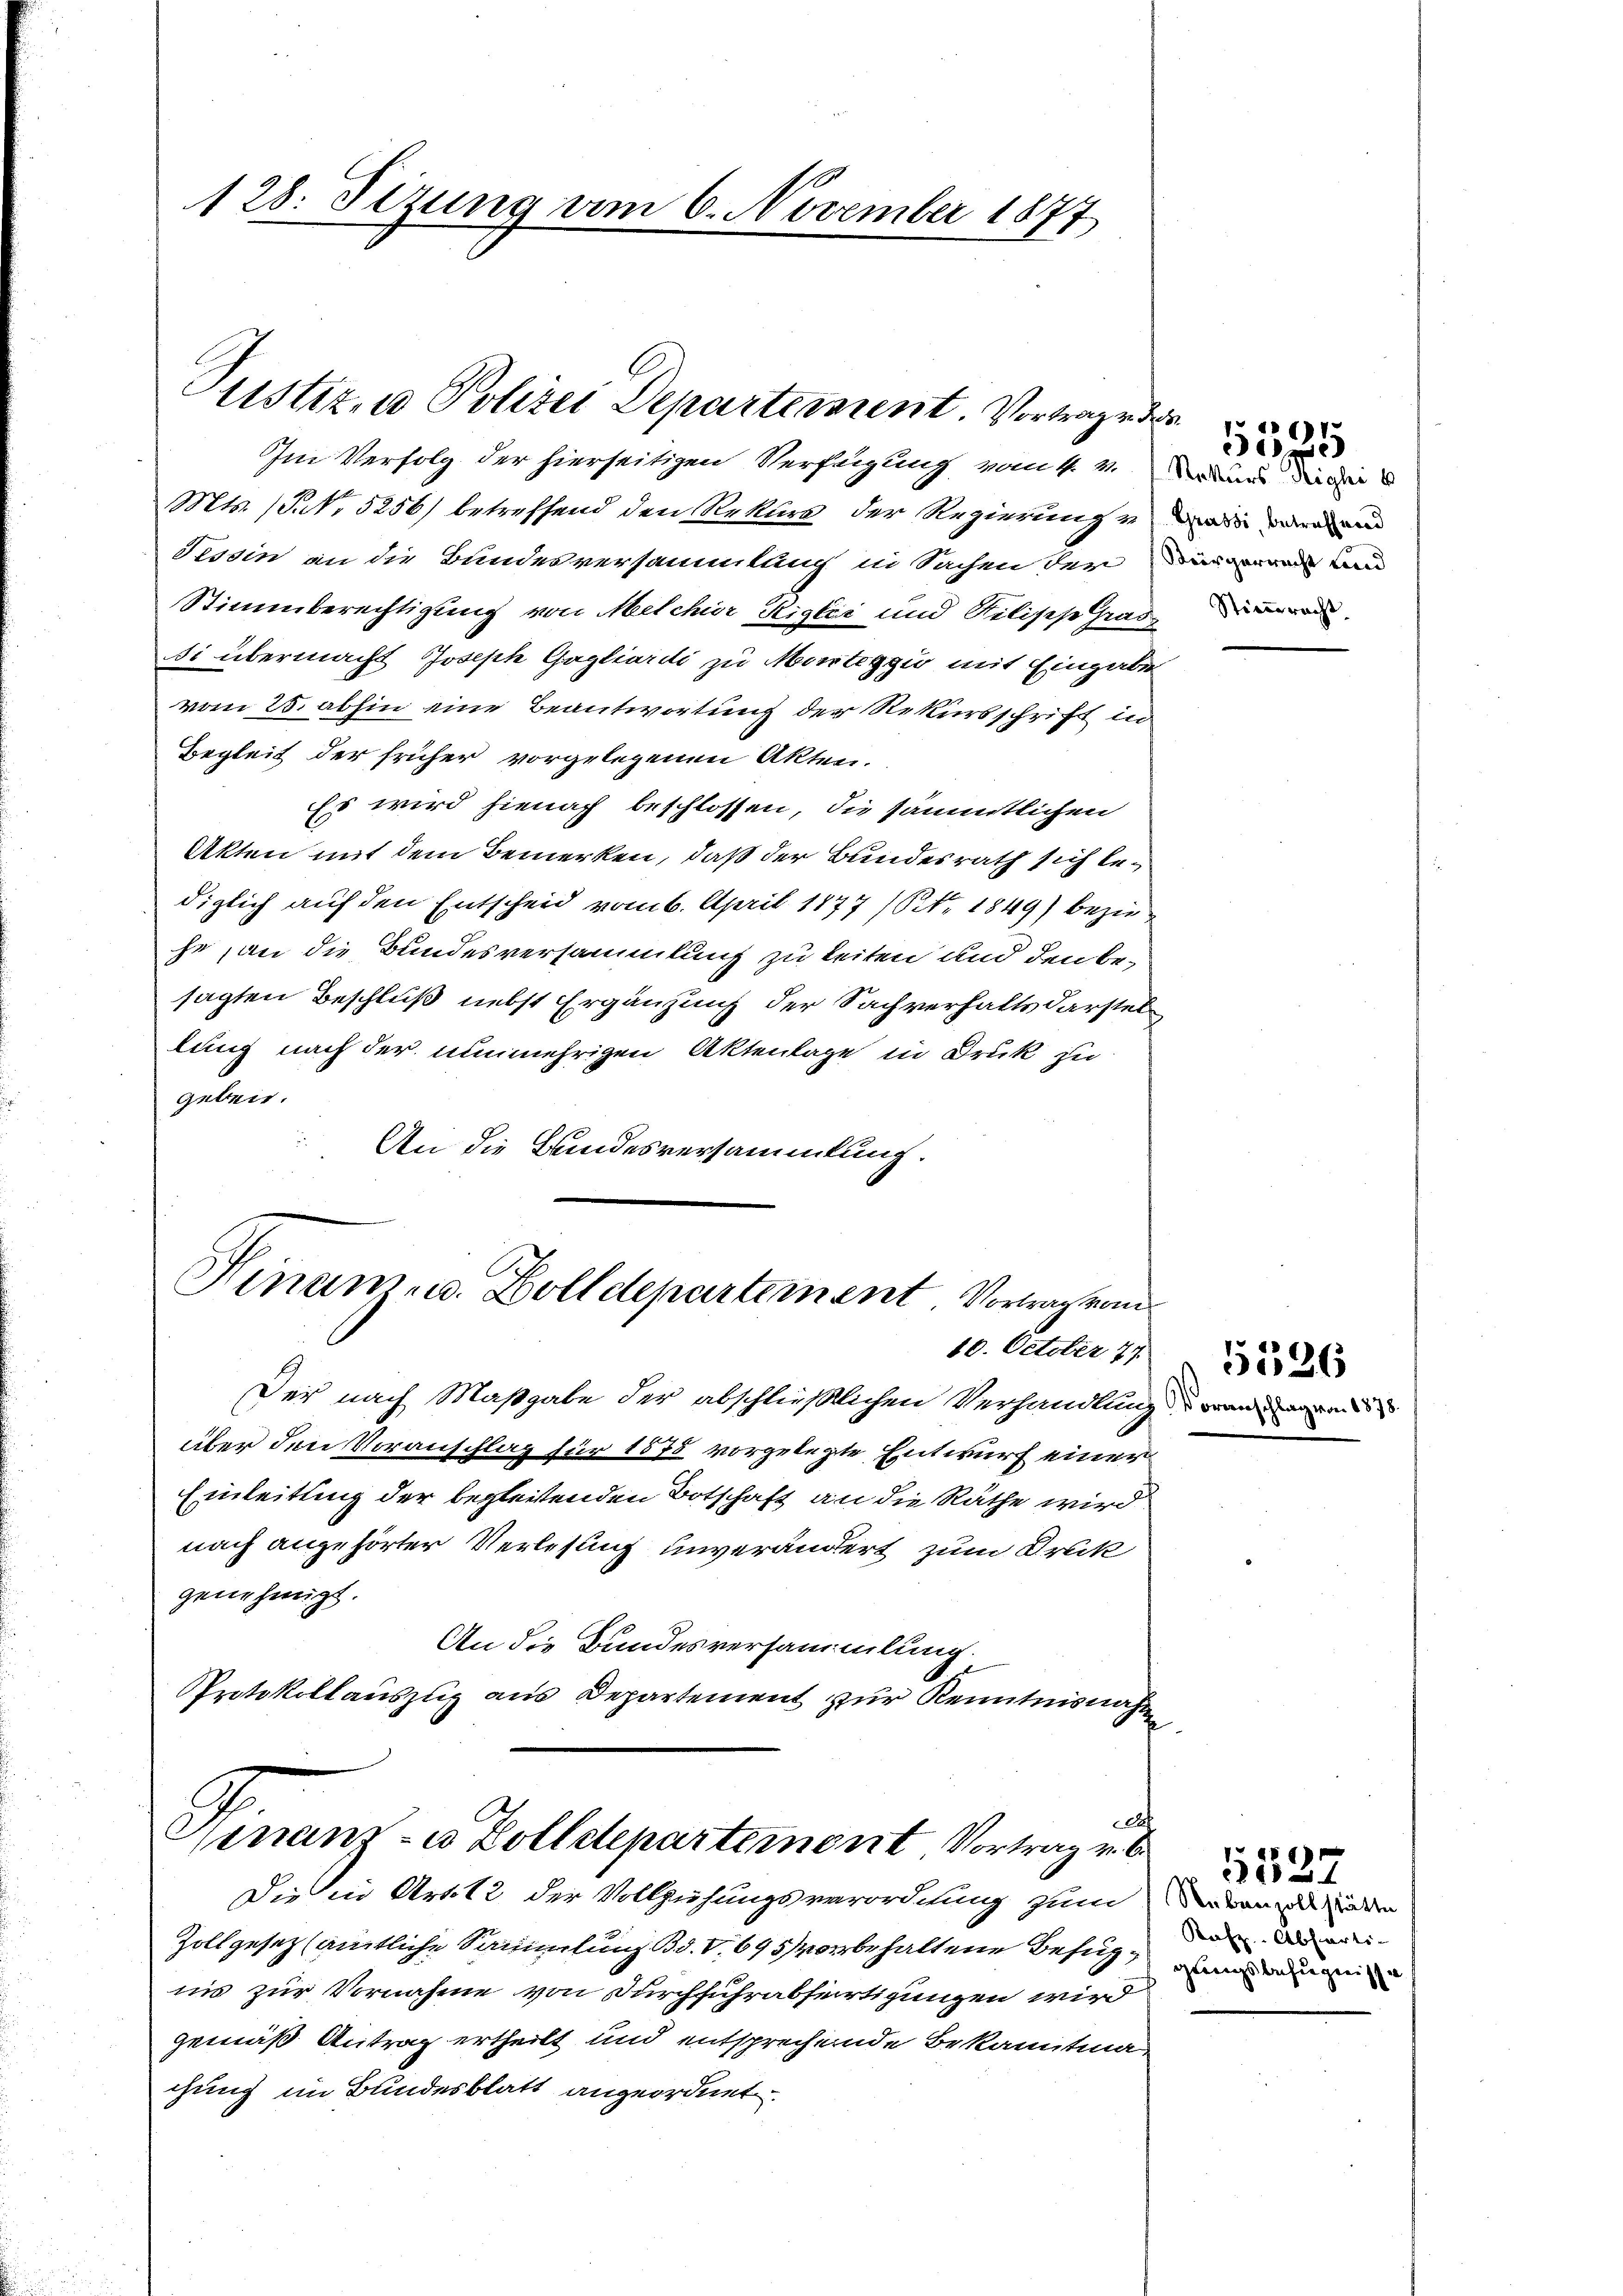
128. Sizung vom 6. November 1877

Justiz, u. Polizei Departement. Vortrage de

Im Verfolg der hierseitigen Verfügung vom 4. v. Kunde
Mts. (T. No 5256) betreffend den Rekurs der Regierung und ande
Tessin an die Bundesversammlung in Sachen der
Stimmberechtigung von Melchior Riglie und Rilische Grade
Si übermacht Joseph Gagliardi zu Marteggio mit Eingabe
vom 25. abhin eine Beantwortung der Rekursschrift in
Begleit der früher vorgelegenen Akten.
Es wird hienach beschlossen, die sämmtlichen
Akten mit dem Bemerken, daß der Bundesrath sich lediglich auf den Entscheid vom 6. April 1877 (Nr. 1849 beziehe, an die Bundesversammlung zu leiten und den besagten Beschluß nebst Ergänzung der Sachverhalts darstel
lung nach der nunmehrigen Aktenlage in Druk zu
geben.
An die Bandesversammlung.

Hinam u. Zolldepartement Vortrag vom
10. October 77

Der nach Maßgabe der abschließlichen Verhandlung an
über den Voranschlag für 1875 vorgelegte Entwurf einer
Einleitung der begleitenden Botschaft an die Räthe wird
nach angehörter Verlesung unverändert zum Druck
genehmigt.
An die Bundesversammlung.
PProtokollauszug aus Departement zur Kenntnisnahm

t
Ginanz- u Zolldepartement Vortrag v. 6.

Die in Art. 12 der Vollziehungsverordnung zum
Zollgesez samtliche Sammlung Bd. V. 695 vorbehaltene Befugiis zur Vornahme von Durchführabfertigungen wird
gemäß Antrag ertheilt und entsprechende Bekamtman
chung im Bundesblatt angeordnet.

1746)

5526

von 1878

Nebenzollstätte
Rafz-Absarti-
gungsbefugnisse

5527